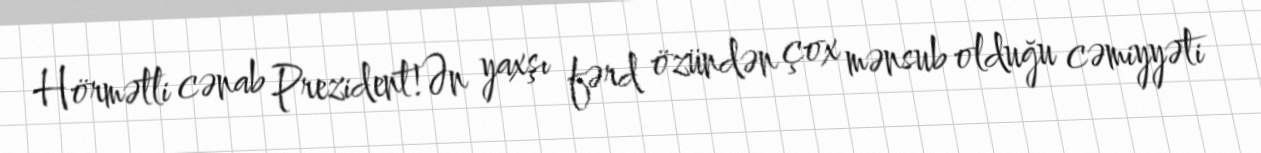
Hörmətli cənab Prezident!Ən yaxşı fərd özündən çox mənsub olduğu cəmiyyəti